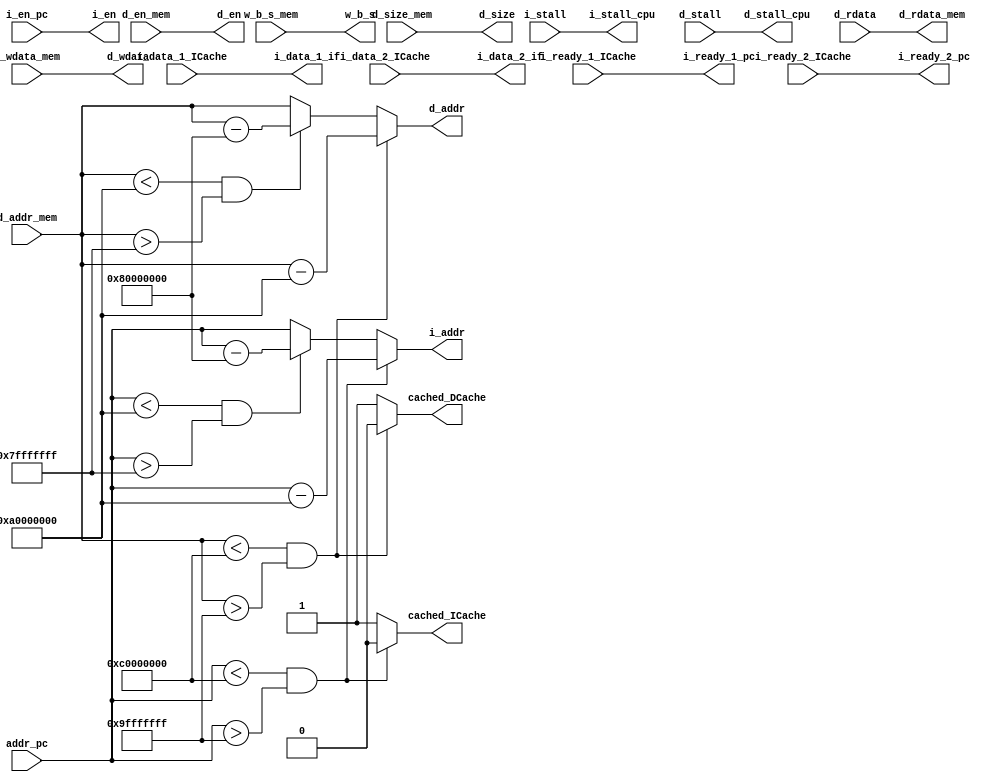
module mmu(
    //to pc
    input [31:0]      addr_pc,
    output            i_ready_1_pc,
    output            i_ready_2_pc,
    input  [1:0]      i_en_pc,
    //to ICache
    input             i_ready_1_ICache,
    input             i_ready_2_ICache,
    input  [31:0]     i_data_1_ICache,
    input  [31:0]     i_data_2_ICache,
    input             i_stall,
    output reg        cached_ICache,
    output reg [31:0] i_addr,
    output [1:0]      i_en,
    //to DCache
    input             d_stall,
    input  [31:0]     d_rdata,
    output reg [31:0] d_addr,
    output [3:0]      w_b_s,
    output [1:0]      d_en,
    output [31:0]     d_wdata,
    output [2:0]      d_size,
    output reg        cached_DCache,
    //to mem
    output [31:0]     d_rdata_mem,
    input  [31:0]     d_addr_mem,
    input  [3:0]      w_b_s_mem,
    input  [1:0]      d_en_mem,
    input  [31:0]     d_wdata_mem,
    input  [2:0]      d_size_mem,
    //to others
    output [31:0]     i_data_1_if,
    output [31:0]     i_data_2_if,
    output            i_stall_cpu,
    output            d_stall_cpu
);
    assign i_ready_1_pc = i_ready_1_ICache;
    assign i_ready_2_pc = i_ready_2_ICache;
    assign i_data_1_if  = i_data_1_ICache;
    assign i_data_2_if  = i_data_2_ICache;
    assign i_stall_cpu  = i_stall;
    assign i_en         = i_en_pc;

    assign d_stall_cpu  = d_stall;
    assign d_rdata_mem  = d_rdata;
    assign w_b_s        = w_b_s_mem;
    assign d_en_mem     = d_en;
    assign d_wdata      = d_wdata_mem;
    assign d_size       = d_size_mem;

    always@(addr_pc) begin
        if(addr_pc < 32'hC000_0000 && addr_pc > 32'h9FFF_FFFF) begin
            i_addr        = addr_pc - 32'hA000_0000;
            cached_ICache = 0;
        end
        else if(addr_pc < 32'hA000_0000 && addr_pc > 32'h7FFF_FFFF) begin
            i_addr        = addr_pc - 32'h8000_0000;
            cached_ICache = 1;
        end
        else begin
            i_addr        = addr_pc;
            cached_ICache = 1;
        end
    end

    always@(d_addr_mem) begin
        if(d_addr_mem < 32'hC000_0000 && d_addr_mem > 32'h9FFF_FFFF) begin
            d_addr        = d_addr_mem - 32'hA000_0000;
            cached_DCache = 0;
        end
        else if(d_addr_mem < 32'hA000_0000 && d_addr_mem > 32'h7FFF_FFFF) begin
            d_addr        = d_addr_mem - 32'h8000_0000;
            cached_DCache = 1;
        end
        else begin
            d_addr        = d_addr_mem;
            cached_DCache = 1;
        end
    end

endmodule